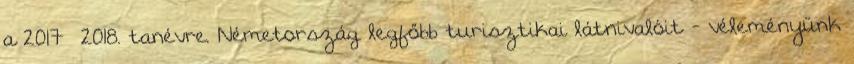
a 2017 2018. tanévre. Németország legfőbb turisztikai látnivalóit - véleményünk